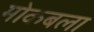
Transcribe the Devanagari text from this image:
मोकबला